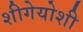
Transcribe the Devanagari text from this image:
शीगेयोशी